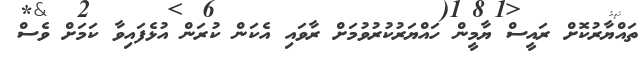
ތައްޔާރުކޮށް ރައީސް ޔާމީން ހައްޔަރުކުރުވުމަށް ރާވައި އެކަން ކުރަން އުޅެފައިވާ ކަމަށް ވެސް